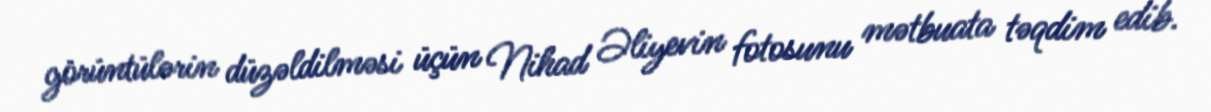
görüntülərin düzəldilməsi üçün Nihad Əliyevin fotosunu mətbuata təqdim edib.